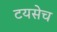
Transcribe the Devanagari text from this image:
टयसेच